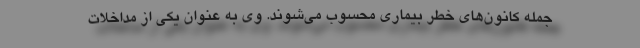
جمله کانون‌های خطر بیماری محسوب می‌شوند. وی به عنوان یکی از مداخلات